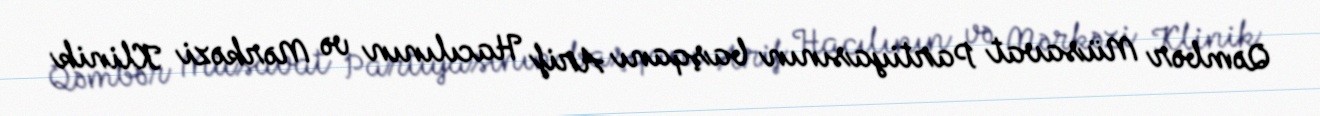
Qəmbər Müsavat Partiyasının başqanı Arif Hacılının və Mərkəzi Klinik